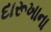
દારૂખાના